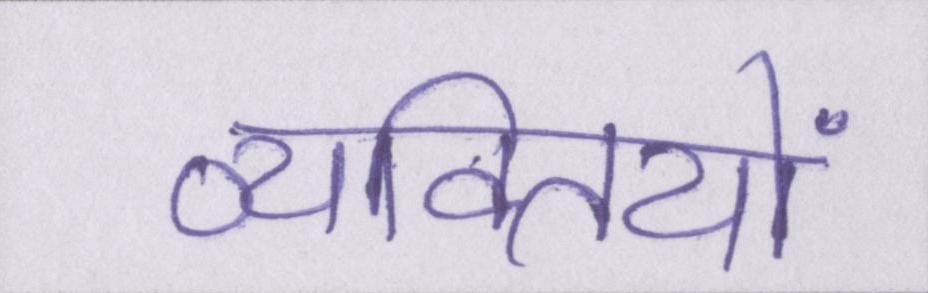
व्यक्तियों